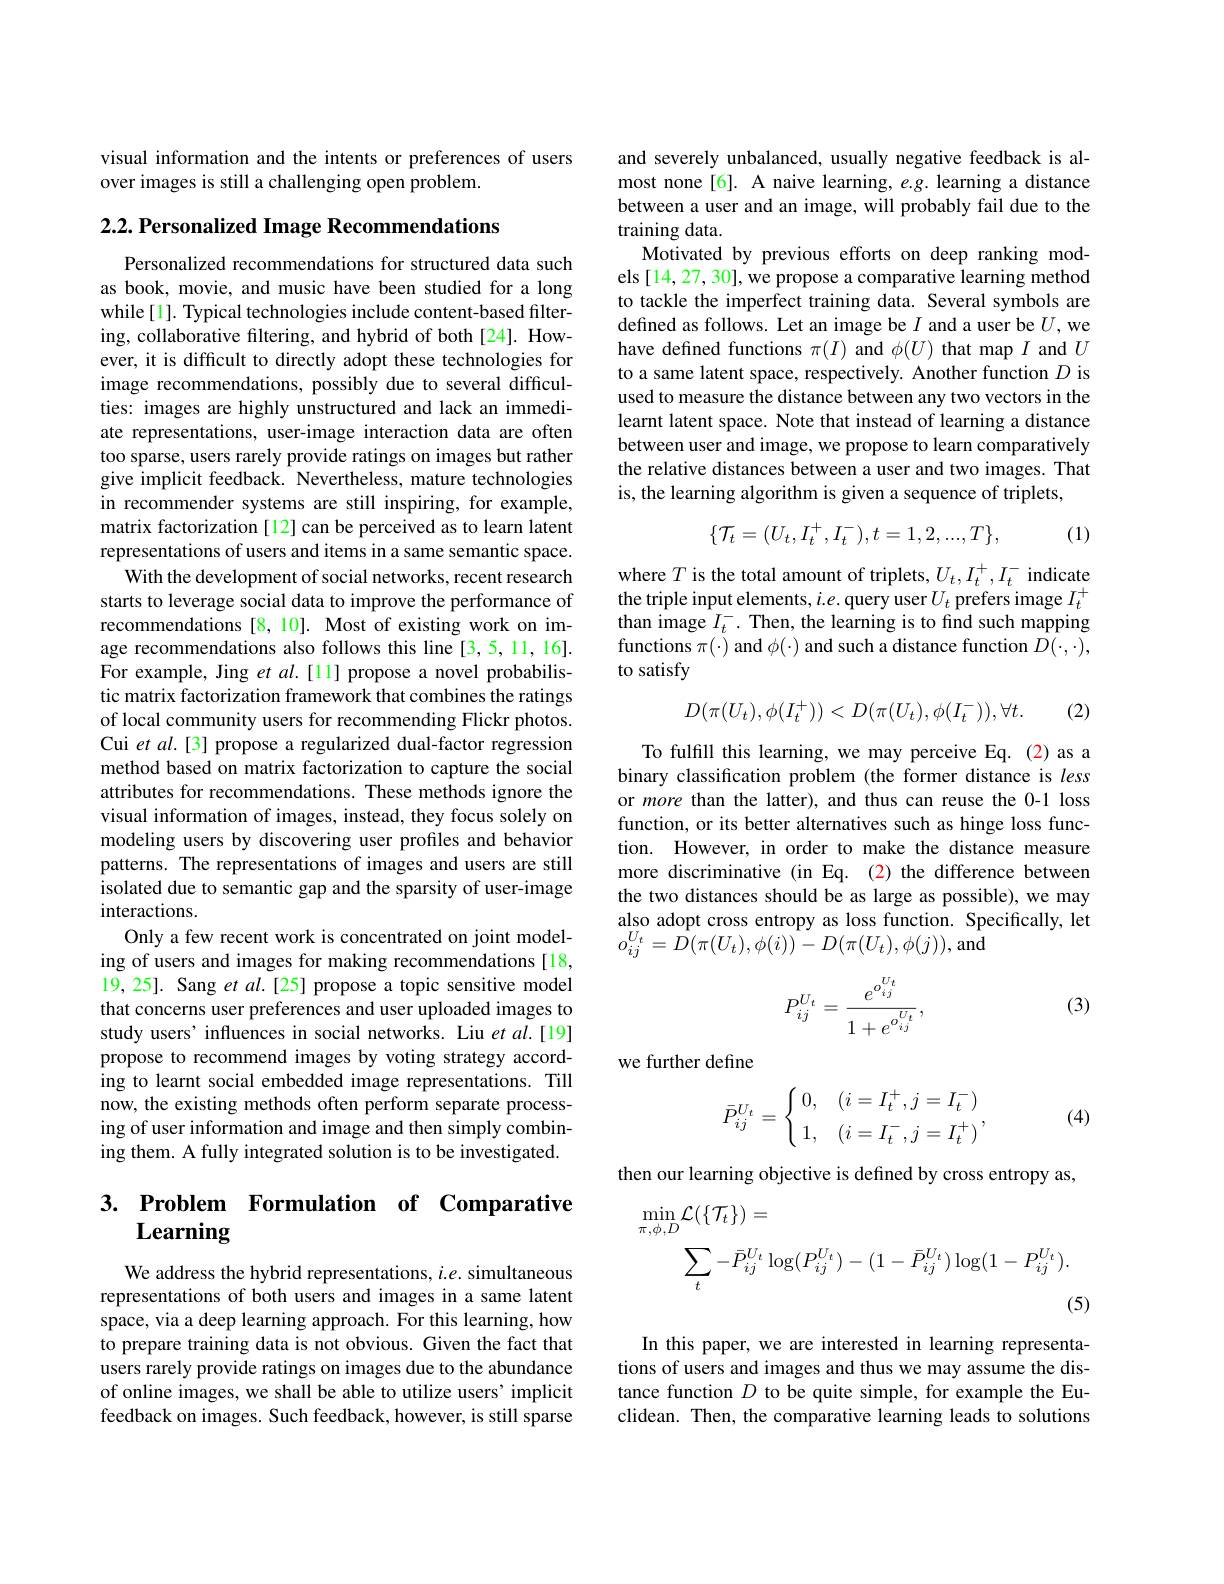
visual information and the intents or preferences of users
over images is still a challenging open problem.

$2. 2. \textbf{ Personalized Image Recommendations}$

Personalized recommendations for structured data such as book, movie, and music have been studied for a long while[1]. Typical technologies include content-based filtering, collaborative filtering, and hybrid of both [24]. However, it is difficult to directly adopt these technologies for image recommendations, possibly due to several difficulties: images are highly unstructured and lack an immediate representations, user-image interaction data are often too sparse, users rarely provide ratings on images but rather give implicit feedback. Nevertheless, mature technologies in recommender systems are still inspiring, for example, matrix factorization[12] can be perceived as to learn latent representations of users and items in a same semantic space.
With the development of social networks, recent research starts to leverage social data to improve the performance of recommendations [8,10]. Most of existing work on image recommendations also follows this line [3,5,11,16]. For example, Jing et $al.[11]$ propose a novel probabilistic matrix factorization framework that combines the ratings of local community users for recommending Flickr photos. Cui et al.[3] propose a regularized dual-factor regression method based on matrix factorization to capture the social attributes for recommendations. These methods ignore the visual information of images, instead, they focus solely on modeling users by discovering user profiles and behavior patterns. The representations of images and users are still isolated due to semantic gap and the sparsity of user-image interactions.
Only a few recent work is concentrated on joint modeling of users and images for making recommendations [18, 19, 25]. Sang et al.[25] propose a topic sensitive model that concerns user preferences and user uploaded images to study users' influences in social networks. Liu et al.[19] propose to recommend images by voting strategy according to learnt social embedded image representations. Till now, the existing methods often perform separate processing of user information and image and then simply combining them. A fully integrated solution is to be investigated.

# 3. Problem Formulation of Comparative $\mathbf{Learning}$

We address the hybrid representations, $i.e.$ simultaneous representations of both users and images in a same latent space, via a deep learning approach. For this learning, how to prepare training data is not obvious. Given the fact that users rarely provide ratings on images due to the abundance of online images, we shall be able to utilize users' implicit feedback on images. Such feedback, however, is still sparse

and severely unbalanced, usually negative feedback is almost none[6]. A naive learning, $e.g.$ learning a distance between a user and an image, will probably fail due to the training data.
Motivated by previous efforts on deep ranking models [14, 27, 30], we propose a comparative learning method to tackle the imperfect training data. Several symbols are defined as follows. Let an image be $I$ and a user be $U$,we have defined functions $\pi(I)$ and $\phi(U)$ that map $I$ and $U$ to a same latent space, respectively. Another function $D$ is used to measure the distance between any two vectors in the learnt latent space. Note that instead of learning a distance between user and image, we propose to learn comparatively the relative distances between a user and two images. That is, the learning algorithm is given a sequence of triplets,
$$\{\mathcal{T}_{t}=(U_{t},I_{t}^{+},I_{t}^{-}),t=1,2,...,T\},$$
(1)

where $T$ is the total amount of triplets, $U_t,I_t^+,I_t^-$ indicate the triple input elements, $i.e.$ query user $U_t$ prefers image $I_t^+$ than image $\hat{I}_t^-.$ Then, the learning is to find such mapping functions $\pi(\cdot)$ and $\phi(\cdot)$ and such a distance function $D(\cdot,\cdot)$, to satisfy
$$D(\pi(U_t),\phi(I_t^+))<D(\pi(U_t),\phi(I_t^-)),\forall t.$$
(2)

To fulfill this learning, we may perceive Eq. (2) as a binary classification problem (the former distance is less or more than the latter), and thus can reuse the 0-1 loss function, or its better alternatives such as hinge loss function. However, in order to make the distance measure more discriminative (in Eq. (2) the difference between the two distances should be as large as possible), we may also adopt cross entropy as loss function. Specifically, let $o_{ij}^{U_{t}}=\hat{D}(\pi(U_{t}),\phi(i))-D(\pi(U_{t}),\phi(j))$,and

(3)
$$P_{ij}^{U_t}=\frac{e^{o_{ij}^{U_t}}}{1+e^{o_{ij}^{U_t}}},$$
we further define
$$\bar{P}_{ij}^{U_t}=\begin{cases}\:0,&(i=I_t^+,j=I_t^-)\\\:1,&(i=I_t^-,j=I_t^+)\end{cases},$$
(4)

then our learning objective is defined by cross entropy as,
$$\begin{aligned}\min_{\pi,\phi,D}\mathcal{L}(\{\mathcal{T}_{t}\})&=\\&\sum_{t}-\bar{P}_{ij}^{U_{t}}\log(P_{ij}^{U_{t}})-(1-\bar{P}_{ij}^{U_{t}})\log(1-P_{ij}^{U_{t}}).\end{aligned}$$
In this paper, we are interested in learning representations of users and images and thus we may assume the distance function $D$ to be quite simple, for example the Euclidean. Then, the comparative learning leads to solutions